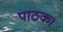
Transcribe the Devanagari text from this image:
पाठक।